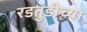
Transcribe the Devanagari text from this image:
रडतुंडीच्या